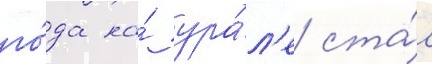
го́да на́ ура́л'е ста́л